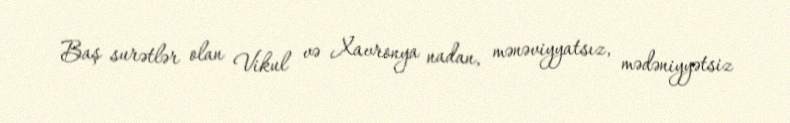
Baş surətlər olan Vikul və Xavronya nadan, mənəviyyatsız, mədəniyyətsiz